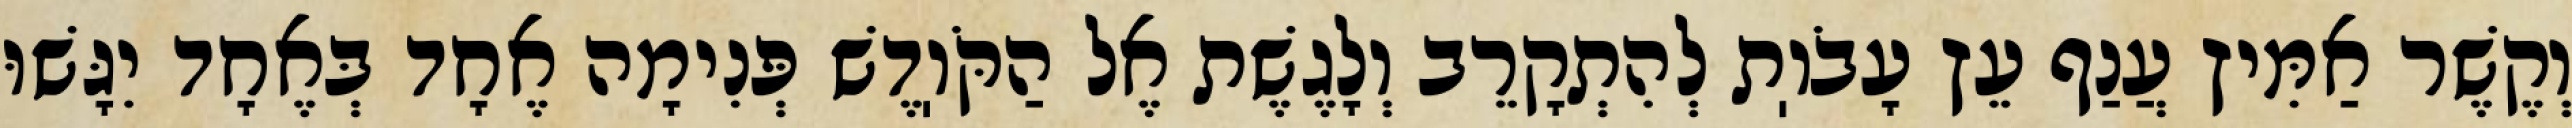
וְקֶשֶׁר אַמִּיץ עֲנַף עֵץ עָבֹוֽת לְהִתְקָרֵב וְלָגֶשֶׁת אֶל הַקֹּוֽדֶשׁ פְּנִימָה אֶחָד בְּאֶחָד יִגָּשׁוּ